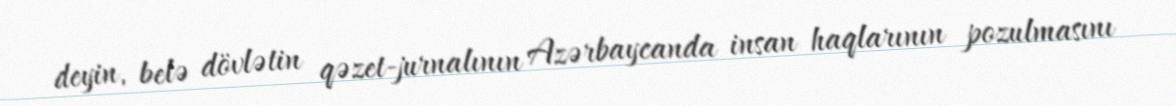
deyin, belə dövlətin qəzet-jurnalının Azərbaycanda insan haqlarının pozulmasını